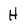
Character: H